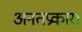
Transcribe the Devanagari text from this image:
अनतप्रकार।